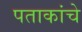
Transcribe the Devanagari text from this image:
पताकांचे